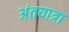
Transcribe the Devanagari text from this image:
अंतयात्रा